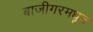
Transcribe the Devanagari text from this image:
बाजीगरमधून